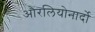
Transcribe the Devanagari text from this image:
औरलियोनार्दो